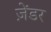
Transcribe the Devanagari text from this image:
ज़ेंडर